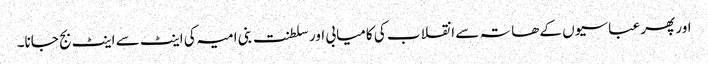
اور پھر عباسیوں کے ھاتہ سے انقلاب کی کامیابی اور سلطنت بنی امیہ کی اینٹ سے اینٹ بج جانا۔